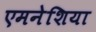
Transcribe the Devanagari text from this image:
एमनेशिया